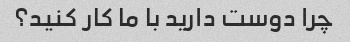
چرا دوست دارید با ما کار کنید؟